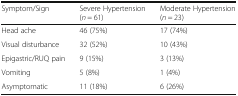
| Symptom/Sign | Severe Hypertension(n = 61) | Moderate Hypertension(n = 23) |
 | --- | --- | --- |
 | Head ache | 46 (75%) | 17 (74%) |
 | Visual disturbance | 32 (52%) | 10 (43%) |
 | Epigastric/RUQ pain | 9 (15%) | 3 (13%) |
 | Vomiting | 5 (8%) | 1 (4%) |
 | Asymptomatic | 11 (18%) | 6 (26%) |